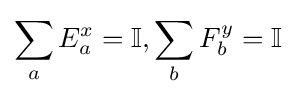
\sum _{a}E_{a}^{x}={\mathbb {I} },\sum _{b}F_{b}^{y}={\mathbb {I} }